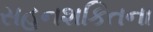
સહનશકિતના